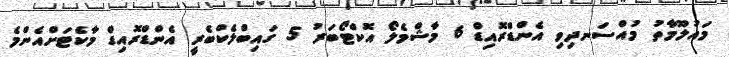
މައުލޫމާތު މުއްސަނދިވި އެންޑްރޮއިޑް 6 މާޝްމެލޯ އޮކްޓޯބަރު 5 ގައިބްލެކްބެރީ އެންޑްރޮއިޑް މާކެޓަށްއެންމެ